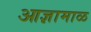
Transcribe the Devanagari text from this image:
आज्ञामाळ